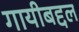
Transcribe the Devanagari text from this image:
गायीबद्दल